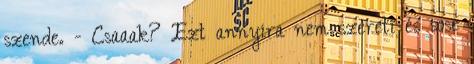
szende. - Csaaak? Ezt annyira nem szereti és sose